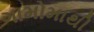
ગામોમાથી